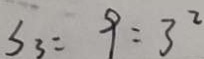
S _ { 3 } = 9 = 3 ^ { 2 }